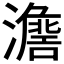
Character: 𱩷